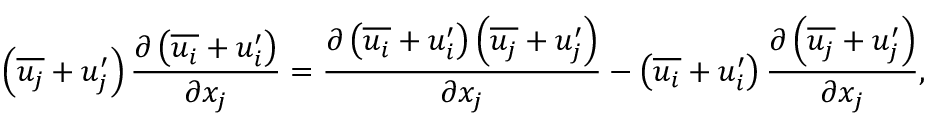
\left( { \overline { { u _ { j } } } } + u _ { j } ^ { \prime } \right) { \frac { \partial \left( { \overline { { u _ { i } } } } + u _ { i } ^ { \prime } \right) } { \partial x _ { j } } } = { \frac { \partial \left( { \overline { { u _ { i } } } } + u _ { i } ^ { \prime } \right) \left( { \overline { { u _ { j } } } } + u _ { j } ^ { \prime } \right) } { \partial x _ { j } } } - \left( { \overline { { u _ { i } } } } + u _ { i } ^ { \prime } \right) { \frac { \partial \left( { \overline { { u _ { j } } } } + u _ { j } ^ { \prime } \right) } { \partial x _ { j } } } ,